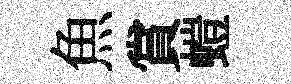
魚賞螘